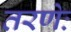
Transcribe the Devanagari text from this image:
तरणेः